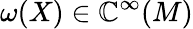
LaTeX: \omega(X)\in\mathbb{C}^{\infty}(M)